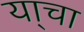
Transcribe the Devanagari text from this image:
या्चा